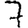
Digit: 7